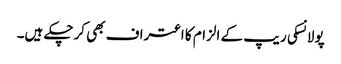
پولانسکی ریپ کے الزام کا اعتراف بھی کرچکے ہیں۔